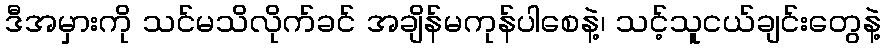
ဒီအမှားကို သင်မသိလိုက်ခင် အချိန်မကုန်ပါစေနဲ့၊ သင့်သူငယ်ချင်းတွေနဲ့